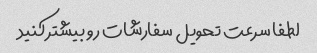
لطفا سرعت تحویل سفارشات رو بیشتر کنید